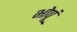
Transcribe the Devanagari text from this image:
भोपूं